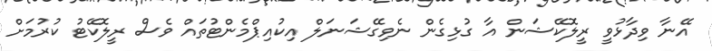
އޭނާ ވިދާޅުވީ ރީލޮކޭޝަން އާ ގުޅިގެން ނެވިގޭޝަނަލް އިކުއިޕްމެންޓުތައް ވެސް ރީލޮކޭޓު ކުރުމަށް